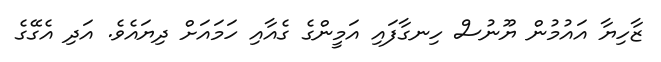
ޒާހިޔާ އައުމުން ޔޫނުސް ހިނގާފައި އަމީންގެ ގެއާއި ހަމައަށް ދިޔައެވެ. އަދި އެގޭގެ